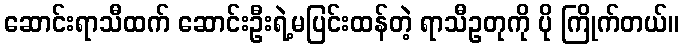
ဆောင်းရာသီထက် ဆောင်းဦးရဲ့မပြင်းထန်တဲ့ ရာသီဥတုကို ပို ကြိုက်တယ်။